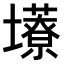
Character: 𫮹